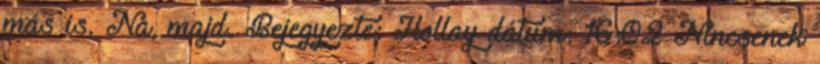
más is. Na, majd. Bejegyezte: Hollay dátum: 16:02 Nincsenek